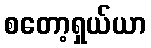
စတော့ရှယ်ယာ